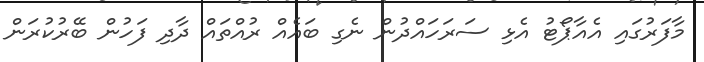
މާފަރުގައި އެއާޕޯޓުު އެޅި ސަރަހައްދުން ނެގި ބައެއް ރުއްތައް ދާދި ފަހުން ބޭރުކުރަން